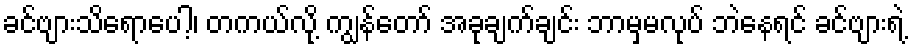
ခင်ဗျားသိရောပေါ့၊ တကယ်လို့ ကျွန်တော် အခုချက်ချင်း ဘာမှမလုပ် ဘဲနေရင် ခင်ဗျားရဲ့